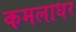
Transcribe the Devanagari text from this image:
कमलाधर